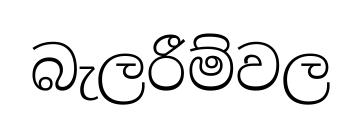
බැලරීම්වල